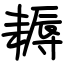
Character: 耨